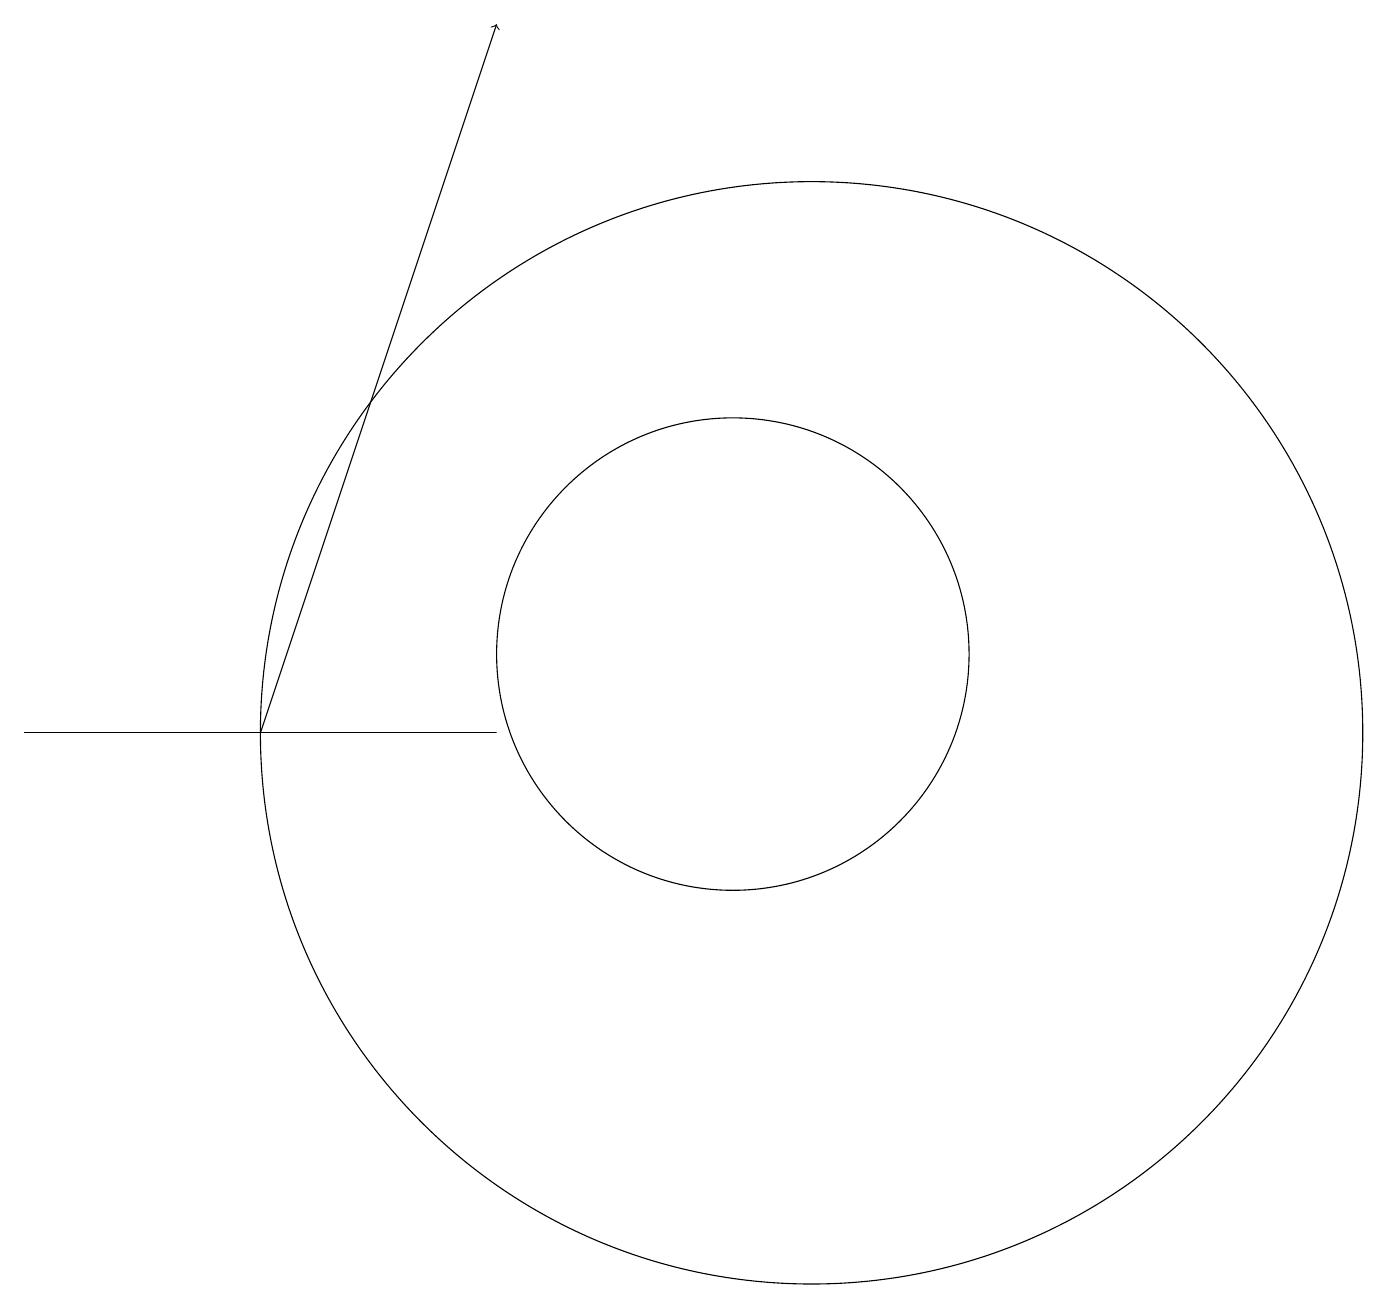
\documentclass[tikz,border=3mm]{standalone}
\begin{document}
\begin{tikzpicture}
\draw[->] (4,10) -- (7,19);
\draw (11,10) circle (7);
\draw (1,10) rectangle (7,10);
\draw (10,11) circle (3);
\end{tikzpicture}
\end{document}